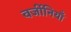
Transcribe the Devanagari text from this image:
वर्जीनियाँ